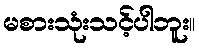
မစားသုံးသင့်ပါဘူး။